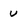
Character: U